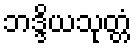
ဘဒ္ဒိယသုတ္တံ